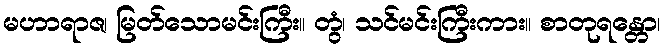
မဟာရာဇ၊ မြတ်သောမင်းကြီး။ တွံ၊ သင်မင်းကြီးကား။ စာတုရန္တော၊